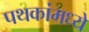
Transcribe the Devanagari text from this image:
पथकांमध्ये